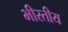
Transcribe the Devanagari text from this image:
भीरतीय